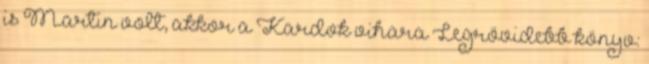
is Martin volt, akkor a Kardok vihara Legrövidebb könyv: